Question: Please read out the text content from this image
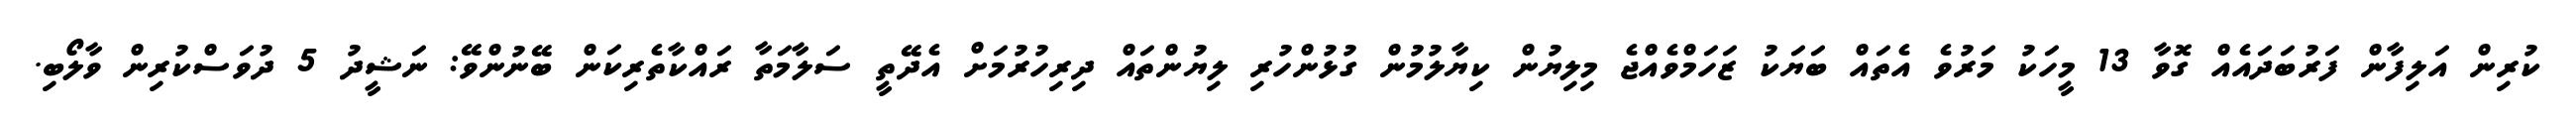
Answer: ކުރިން އަލިފާން ފަރުބަދައެއް ގޮވާ 13 މީހަކު މަރުވެ އެތައް ބަޔަކު ޒަހަމްވެއްޖެ މިލިޔުން ކިޔާލުމުން ގުޅުންހުރި ލިޔުންތައް ދިރިހުރުމަށް އެދޭތީ ސަލާމަތާ ރައްކާތެރިކަން ބޭނުންވޭ: ނަޝީދު 5 ދުވަސްކުރިން ވާލޯބި.